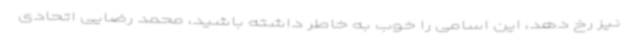
نیز رخ دهد، این اسامی را خوب به خاطر داشته باشید، محمد رضایی اتحادی